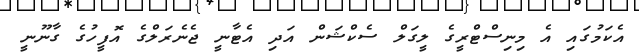
އެކަމުގައި އެ މިނިސްޓްރީގެ ލީގަލް ސެކްޝަން އަދި އެޓާނީ ޖެނެރަލްގެ އޮފީހުގެ ގާނޫނީ